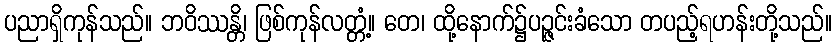
ပညာရှိကုန်သည်။ ဘဝိဿန္တိ၊ ဖြစ်ကုန်လတ္တံ့။ တေ၊ ထို့နောက်၌ပဉ္ဇင်းခံသော တပည့်ရဟန်းတို့သည်။